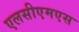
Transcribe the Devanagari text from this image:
एलसीएमएस